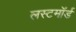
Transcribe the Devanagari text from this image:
लस्टमॉर्ड